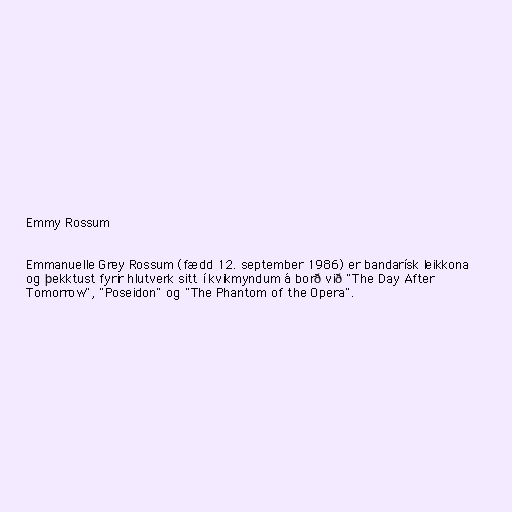
Emmy Rossum

Emmanuelle Grey Rossum (fædd 12. september 1986) er bandarísk leikkona
og þekktust fyrir hlutverk sitt í kvikmyndum á borð við "The Day After
Tomorrow", "Poseidon" og "The Phantom of the Opera".